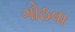
ગોઠવા